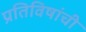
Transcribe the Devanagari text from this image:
प्रतिविषांची